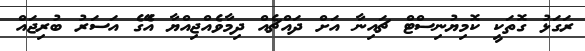
ރަގަޅު ގޮތަކީ ކޮމިޔުނިސްޓް ޗައިނާ އަށް ދައްޗެއް ދިމާވެއްޖިއްޔާ އެޭގެ އަސަރު ބުރިޖައް